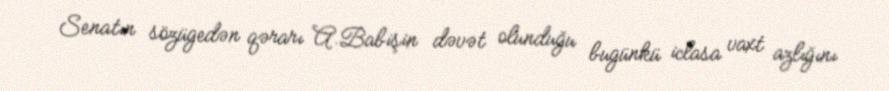
Senatın sözügedən qərarı A.Babişin dəvət olunduğu bugünkü iclasa vaxt azlığını